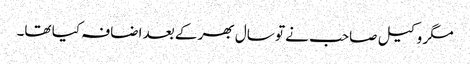
مگر وکیل صاحب نے تو سال بھر کے بعد اضافہ کیا تھا۔